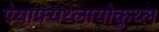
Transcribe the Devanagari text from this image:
ऐयाफ्यथ्लायोकुथ्ल